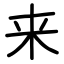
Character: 来